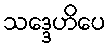
သဒ္ဒေဟိပေ